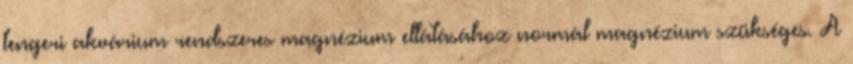
tengeri akvárium rendszeres magnézium ellátásához normál magnézium szükséges. A